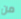
من